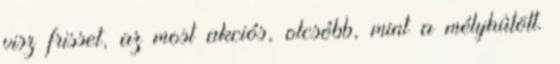
visz frisset, az most akciós, olcsóbb, mint a mélyhûtött.